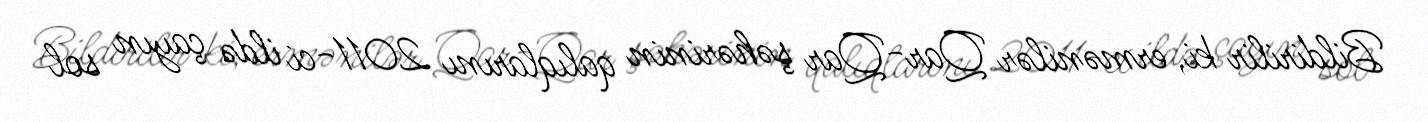
Bildirilir ki, ermənilər Qar-Qar şəhərinin qalıqlarını 2011-ci ildə çayın sol